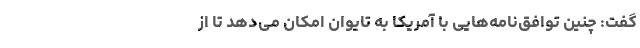
گفت: چنین توافق‌نامه‌هایی با آمریکا به تایوان امکان می‌دهد تا از